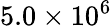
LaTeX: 5.0\times 10^{6}